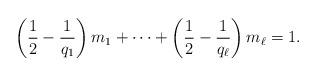
LaTeX: \begin{align*} \left(\frac{1}{2} - \frac{1}{q_1}\right)m_1 + \cdots + \left(\frac{1}{2} - \frac{1}{q_{\ell}}\right)m_{\ell} = 1.\end{align*}